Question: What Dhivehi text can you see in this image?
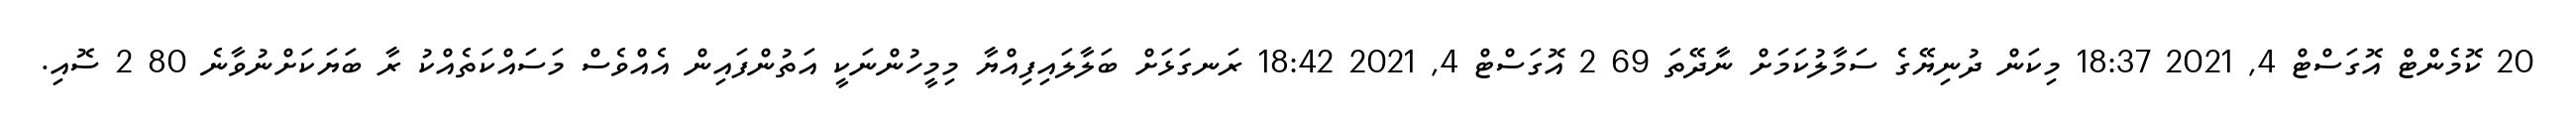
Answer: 20 ކޮމެންޓް އޮގަސްޓް 4, 2021 18:37 މިކަން ދުނިޔޭގެ ސަމާލުކަމަށް ނާދޭތަ 69 2 އޮގަސްޓް 4, 2021 18:42 ރަނގަޅަށް ބަލާލައިފިއްޔާ މިމީހުންނަކީ އަތުންފައިން އެއްވެސް މަސައްކަތެއްކު ރާ ބަޔަކަށްނުވާނެ 80 2 ސޮއި.